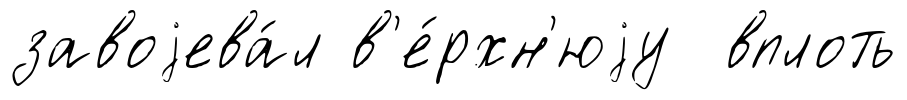
завоjева́л в'е́рхн'юjу вплоть